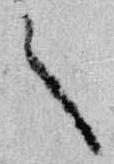
々